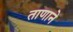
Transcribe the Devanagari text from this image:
ताणाने